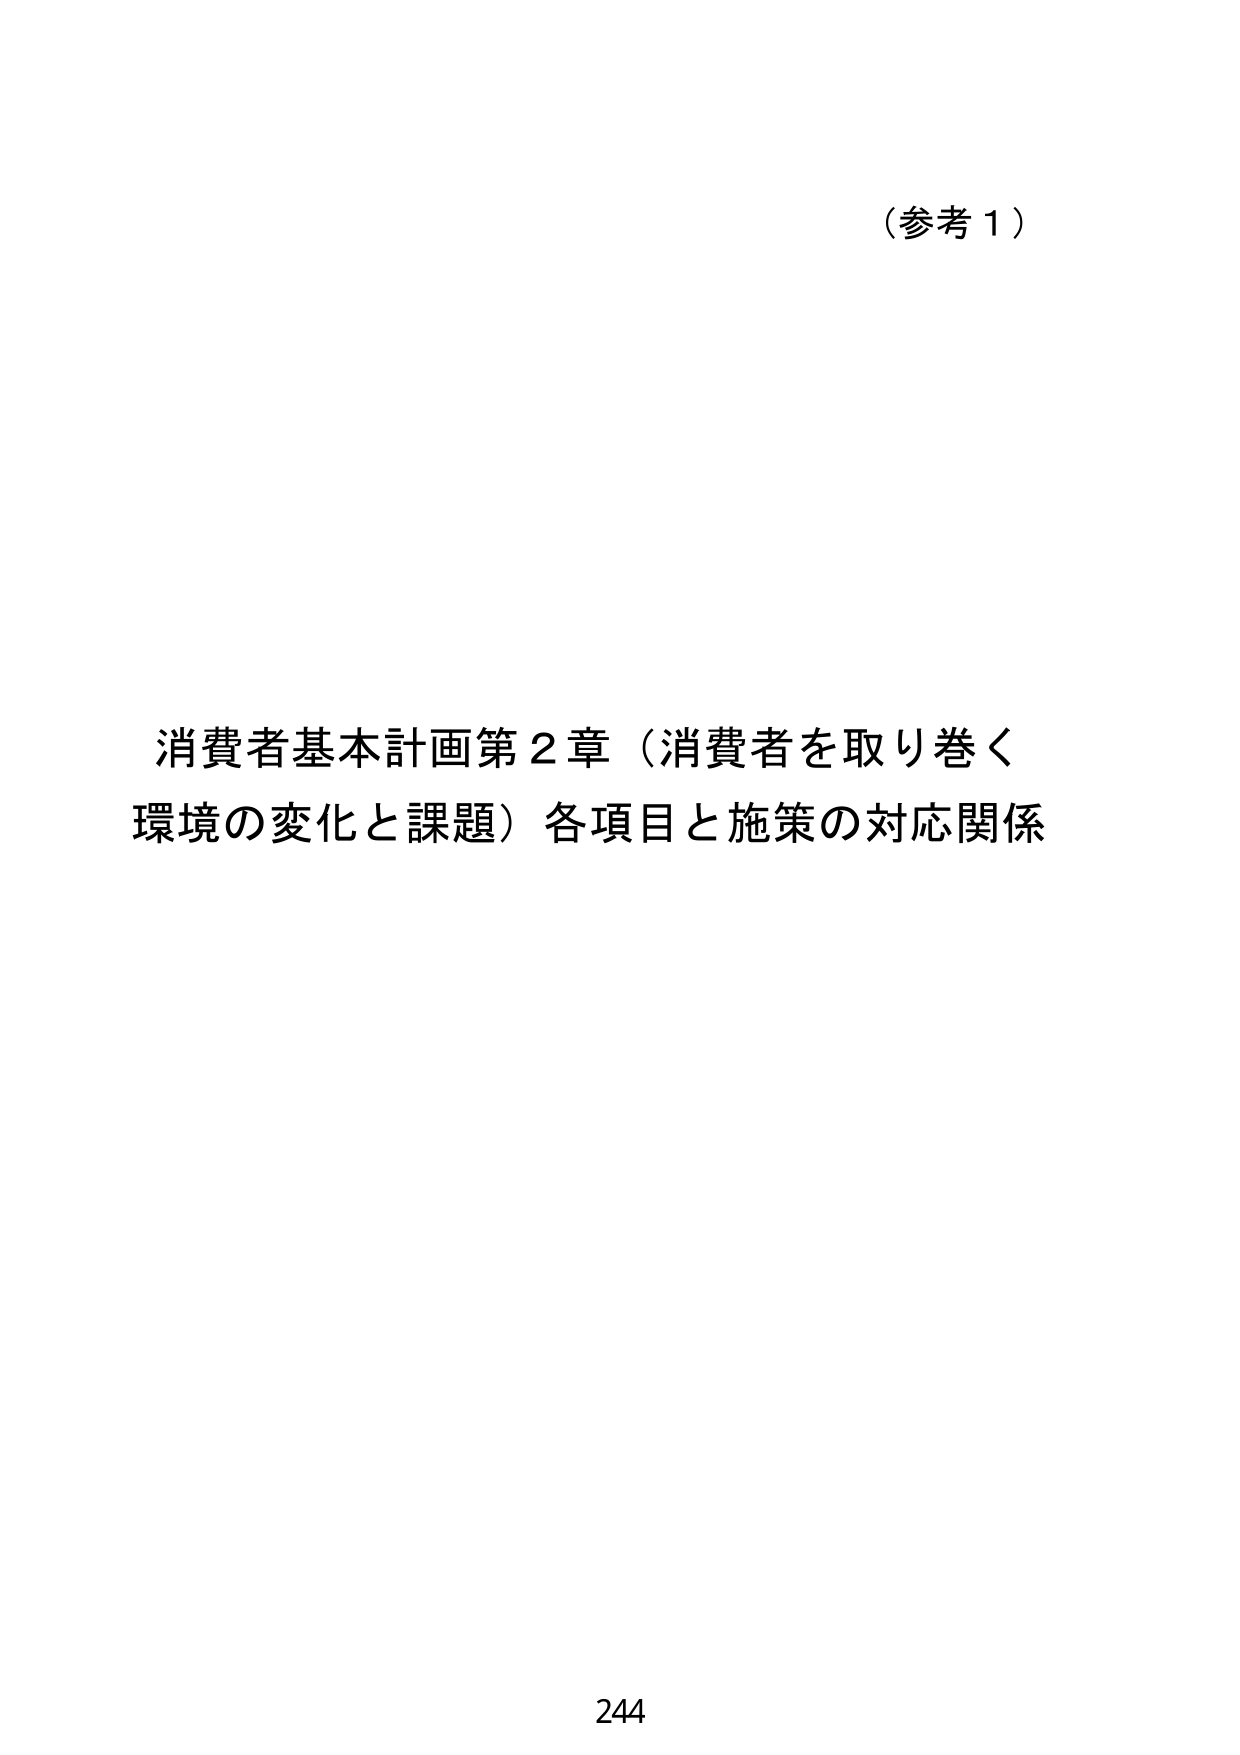
（参考１）

消費者基本計画第２章（消費者を取り巻く
環境の変化と課題）各項目と施策の対応関係

244